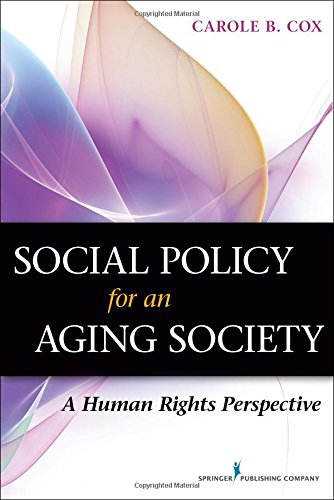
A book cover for Social Policy for an Aging Society: A Human Rights Perspective; Carole B. Cox PhD; Politics & Social Sciences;